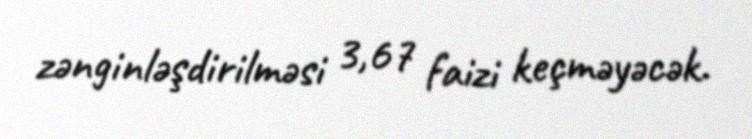
zənginləşdirilməsi 3,67 faizi keçməyəcək.